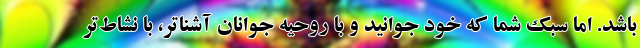
باشد. اما سبک شما که خود جوانید و با روحیه جوانان آشناتر، با نشاط‌تر